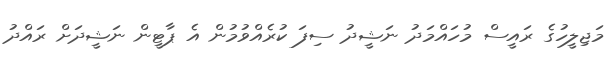
މަޖިލީހުގެ ރައީސް މުހައްމަދު ނަޝީދު ސިފަ ކުރެއްވުމުން އެ ޕާޓީން ނަޝީދަށް ރައްދު